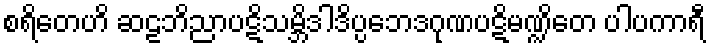
စရိတေဟိ ဆဠဘိညာပဋိသမ္ဘိဒါဒိပ္ပဘေဒဂုဏပဋိမဏ္ဍိတေ ပါပကာရီ